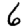
Digit: 6